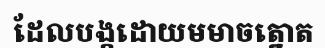
ដែលបង្កដោយមមាចត្នោត